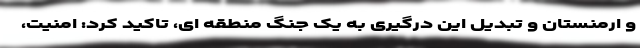
و ارمنستان و تبدیل این درگیری به یک جنگ منطقه ای، تاکید کرد: امنیت،